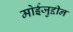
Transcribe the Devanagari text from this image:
मोईजुद्दीन